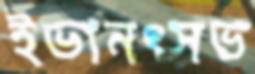
ইভানৎসভ